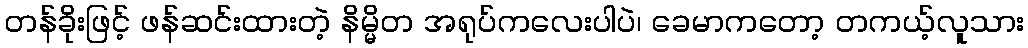
တန်ခိုးဖြင့် ဖန်ဆင်းထားတဲ့ နိမ္မိတ အရုပ်ကလေးပါပဲ၊ ခေမာကတော့ တကယ့်လူသား